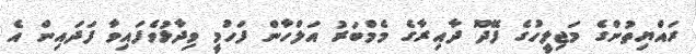
ރައްޔިތުންގެ މަޖިލީހުގެ ފޭދޫ ދާއިރާގެ މެމްބަރު އަލްހާން ފަހުމީ ވިދާޅުވެފައިވާ ފަދައިން އެ